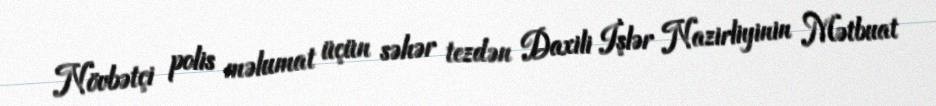
Növbətçi polis məlumat üçün səhər tezdən Daxili İşlər Nazirliyinin Mətbuat